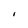
Character: I